Oriental or Dehli sore - Number 13
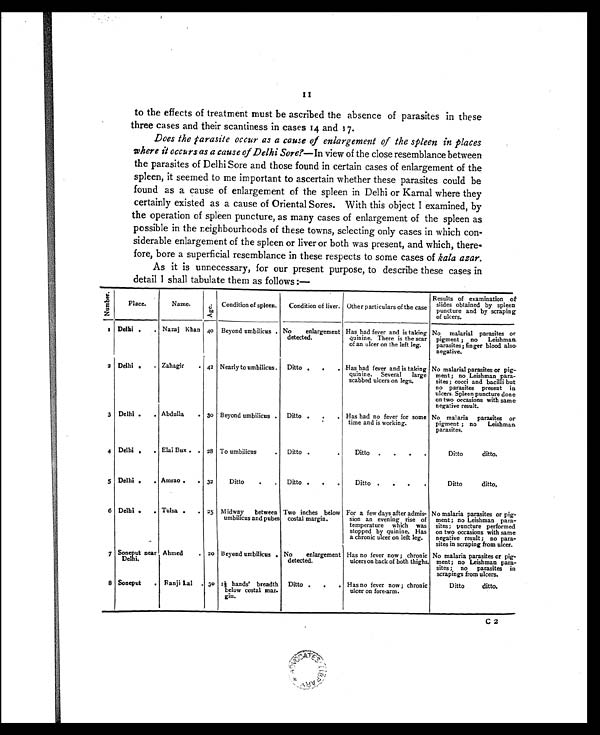
to the effects of treatment must be ascribed the absence of parasites in these
three cases and their scantiness in cases 14 and 17.
Does the parasite occur as a cause of enlargement of the spleen in places
where it occurs as a cause of Delhi Sore?—In view of the close resemblance between
the parasites of Delhi Sore and those found in certain cases of enlargement of the
spleen, it seemed to me important to ascertain whether these parasites could be
found as a cause of enlargement of the spleen in Delhi or Karnal where they
certainly existed as a cause of Oriental Sores. With this object I examined, by
the operation of spleen puncture, as many cases of enlargement of the spleen as
possible in the neighbourhoods of these towns, selecting only cases in which con-
siderable enlargement of the spleen or liver or both was present, and which, there-
fore, bore a superficial resemblance in these respects to some cases of kala azar.
As it is unnecessary, for our present purpose, to describe these cases in
detail I shall tabulate them as follows :—
N u m b e r .
Place.
Name.
Age.
Condition of spleen.
Condition of liver. Other particulars of the case
Results of examination of
slides obtained by spleen
puncture and by scraping
of ulcers.
1
Delbi .
. Nazaj Khan 40
Beyond umbilicus . No enlargement
detected.
Has had fever and is taking
quinine. There is the scar
of an ulcer on the left leg.
No malarial parasites or
pigment; no Leishman parasites; finger blood also negative.
2 Delhi .
. Zahagir
•
42 Nearly to umbilicus
.
Ditto .
.
. Has had fever and is taking
quinine.
Several
large
scabbed ulcers on legs.
No malarial parasites or pig-
ment ; no Leishman para-
sites ; cocci and bacilli but
no parasites present in
ulcers. Spleen puncture done
on two occasions with same
negative result.
3 Delhi .
. Abdulla
. 3o Beyond umbilicus
.
Ditto .
.
.
Has had no fever for some
time and is working.
No malaria parasites or
pigment ; no Leishman
parasites.
4 Delhi .
. Elai Bux . . 28 To umbilicus
.
Ditto . .
.
Ditto
.
.
.
.
Ditto
ditto.
5 Delhi .
. Amrao .
. 32
Ditto
.
Ditto .
.
.
Ditto .
.
.
.
Ditto
d i t t o .
6 Delhi .
. Tulsa .
. 25 Midway between
umbilicus and pubes
Two inches below
costal margin.
For a few days after admis-
sion an evening rise of
temperature
which was
stopped by quinine. Has
a chronic ulcer on left leg.
No malaria parasites or pig-
ment ; no Leishman para-
sites; puncture performed
on two occasions with same
negative result;
no para-
sites in scraping from ulcer.
7 Soneput near
Delhi.
Ahmed
. 20
Beyond umbilicus . No
enlargement
detected.
Has no fever now ; chronic
ulcers on back of both thighs.
No malaria parasites or pig-
ment; no Leishman para-
sites ; no
parasites in
scrapings from ulcers.
8 Soneput
. Ranji Lal
. 30 1½hands' breadth
below costal mar.
gin.
Ditto .
.
Has no fever now ; chronic
ulcer on fore-arm.
Ditto
ditto.
C2